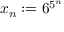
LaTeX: x _ { n } : = 6 ^ { 5 ^ { n } }